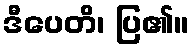
ဒီပေတိ၊ ပြ၏။